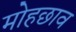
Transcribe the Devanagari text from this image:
मोहछाव